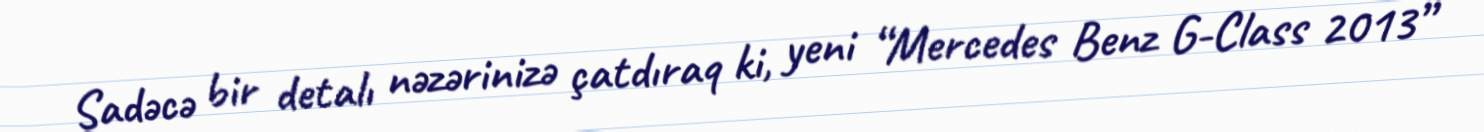
Sadəcə bir detalı nəzərinizə çatdıraq ki, yeni “Mercedes Benz G-Class 2013”